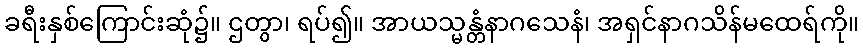
ခရီးနှစ်ကြောင်းဆုံ၌။ ဌတွာ၊ ရပ်၍။ အာယသ္မန္တံနာဂသေနံ၊ အရှင်နာဂသိန်မထေရ်ကို။